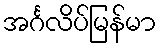
အင်္ဂလိပ်မြန်မာ